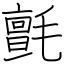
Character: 氈